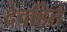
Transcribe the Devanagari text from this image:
देवहितं